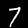
Label: 7